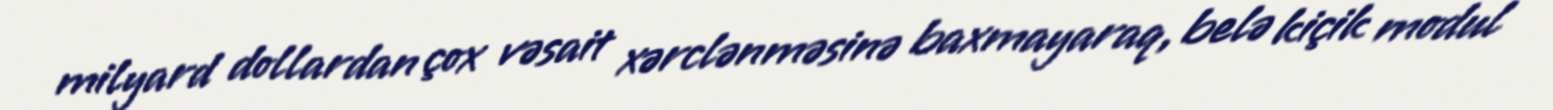
milyard dollardan çox vəsait xərclənməsinə baxmayaraq, belə kiçik modul